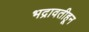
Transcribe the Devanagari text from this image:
भद्रावतीहून